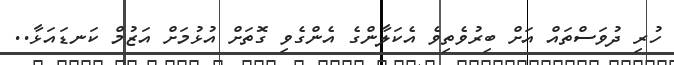
ހުރި ދުވަސްތައް އަށް ބިރުވެތިވެ އެކަލާންގެ އެންގެވި ގޮތަށް އުޅުމަށް އަޒުމް ކަނޑައަޅާ..